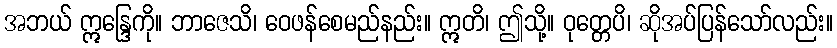
အဘယ် ဣန္ဒြေကို။ ဘာဇေသိ၊ ဝေဖန်စေမည်နည်း။ ဣတိ၊ ဤသို့။ ဝုတ္တေပိ၊ ဆိုအပ်ပြန်သော်လည်း။